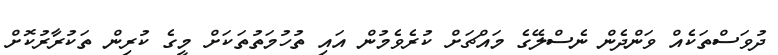
ދުވަސްތަކެއް ވަންދެން ނެސްލޭގެ މައްޗަށް ކުރެވެެމުން އައި ތުހުމަތުތަކަށް މީގެ ކުރިން ތަކުރާރުކޮށް